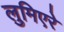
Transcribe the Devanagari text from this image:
लुमिएरे